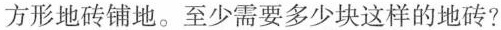
方形地砖铺地。至少需要多少块这样的地砖?